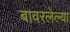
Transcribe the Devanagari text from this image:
बावरलेल्या